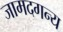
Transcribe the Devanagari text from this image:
जामदगन्य